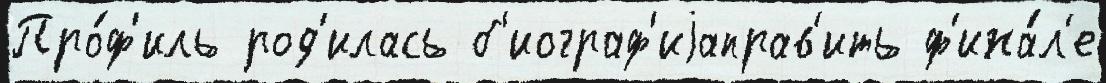
Про́ф'иль род'илась б'иограф'иjаправ'ить ф'ина́л'е